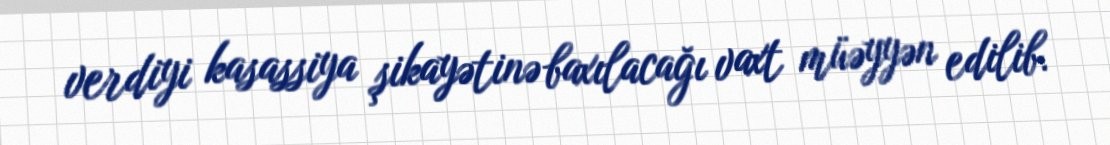
verdiyi kasassiya şikayətinə baxılacağı vaxt müəyyən edilib.